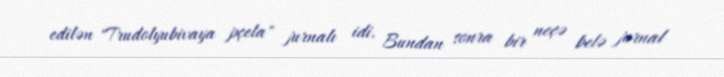
edilən "Trudolyubivaya pçela" jurnalı idi. Bundan sonra bir neçə belə jurnal